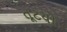
તૂટયો